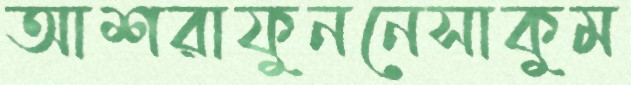
আশরাফুননেসাকুম